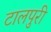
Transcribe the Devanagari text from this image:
टालपुरी